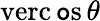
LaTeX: \operatorname{verc\mathtt{o}s}\theta